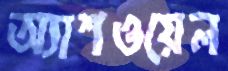
অ্যাশওয়েল